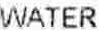
WATER